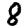
Digit: 8